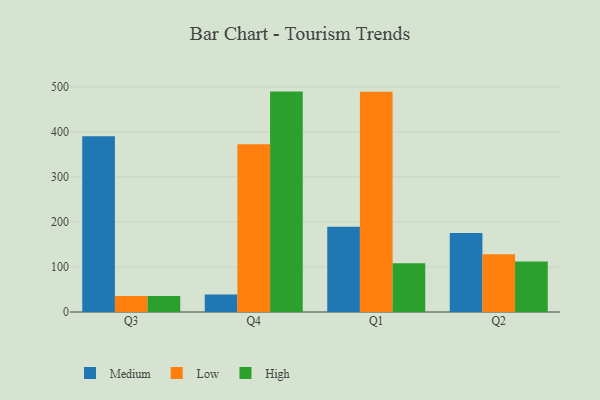
{"axis": {"x": "Quarter", "y": "Satisfaction Score"}, "legend": ["High", "Low", "Medium"], "data": [{"x": "Q3", "y": 390.5, "type": "Medium"}, {"x": "Q3", "y": 35.7, "type": "Low"}, {"x": "Q3", "y": 35.8, "type": "High"}, {"x": "Q4", "y": 39.0, "type": "Medium"}, {"x": "Q4", "y": 372.4, "type": "Low"}, {"x": "Q4", "y": 489.4, "type": "High"}, {"x": "Q1", "y": 189.3, "type": "Medium"}, {"x": "Q1", "y": 489.1, "type": "Low"}, {"x": "Q1", "y": 108.2, "type": "High"}, {"x": "Q2", "y": 175.3, "type": "Medium"}, {"x": "Q2", "y": 128.2, "type": "Low"}, {"x": "Q2", "y": 112.0, "type": "High"}]}